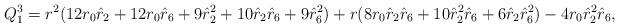
LaTeX: \begin{align*}Q^3_1 = r^2(12 r_0 \hat{r}_2 + 12 r_0 \hat{r}_6 + 9 \hat{r}_2^2 + 10\hat{r}_2 \hat{r}_6 + 9 \hat{r}_6^2) + r ( 8 r_0 \hat{r}_2 \hat{r}_6 +10 \hat{r}_2^2 \hat{r}_6 + 6\hat{r}_2 \hat{r}_6^2) -4 r_0 \hat{r}_2^2\hat{r}_6,\end{align*}